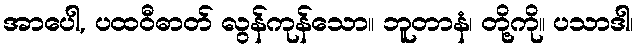
အာပေါ, ပထဝီဓာတ် လွန်ကုန်သော။ ဘူတာနံ၊ တို့ကို။ ပသာဒါ၊